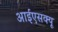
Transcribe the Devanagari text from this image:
आईएसक्यू